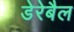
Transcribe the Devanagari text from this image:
डेरेबैल